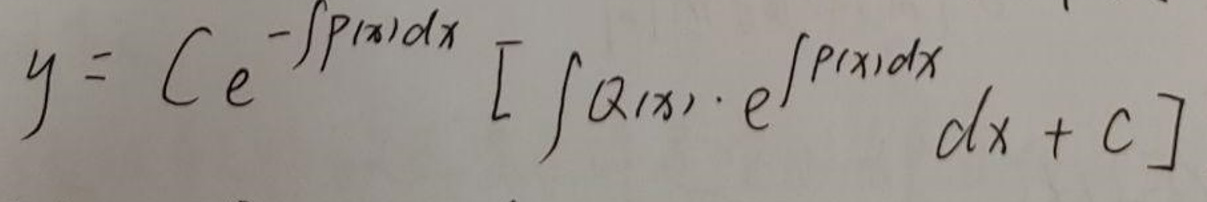
\[
y = C e^{-\int P(x)dx} \left[ \int Q(x) \cdot e^{\int P(x)dx} dx + C \right]
\]